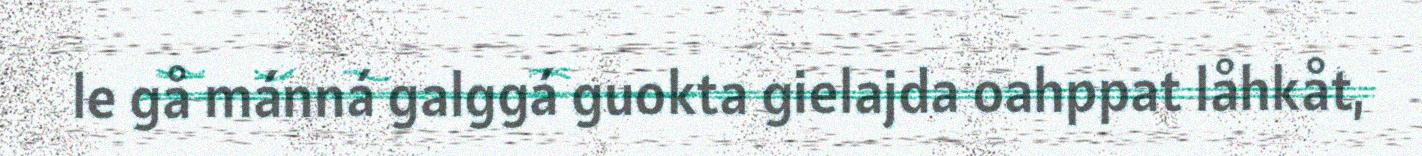
le gå mánná galggá guokta gielajda oahppat låhkåt,